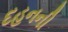
દહનની